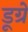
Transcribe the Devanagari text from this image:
डूग्रे